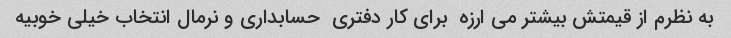
به نظرم از قیمتش بیشتر می ارزه  برای کار دفتری  حسابداری و نرمال انتخاب خیلی خوبیه